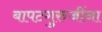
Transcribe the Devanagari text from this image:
बापटगुरुजींना